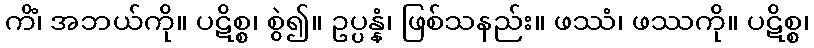
ကိံ၊ အဘယ်ကို။ ပဋိစ္စ၊ စွဲ၍။ ဥပ္ပန္နံ၊ ဖြစ်သနည်း။ ဖဿံ၊ ဖဿကို။ ပဋိစ္စ၊